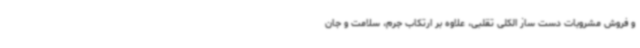
و فروش مشروبات دست ساز الکلی تقلبی، علاوه بر ارتکاب جرم، سلامت و جان